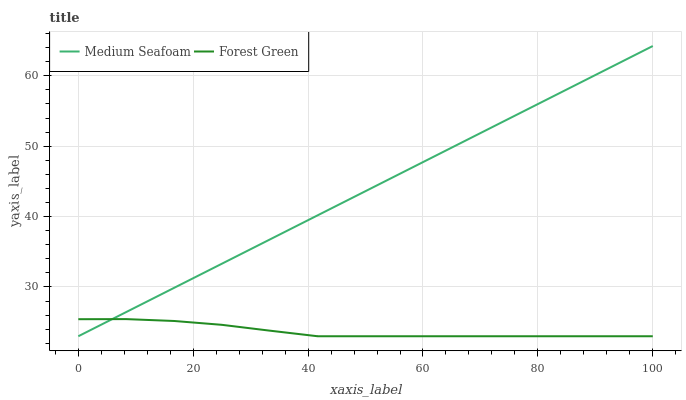
| xaxis_label | Medium Seafoam | Forest Green |
 | --- | --- | --- |
 | 0 | 23 | 25.4 |
 | 8.33 | 26.4 | 25.4 |
 | 16.7 | 29.9 | 25.2 |
 | 25 | 33.3 | 24.6 |
 | 33.3 | 36.7 | 23.8 |
 | 41.7 | 40.2 | 23 |
 | 50 | 43.6 | 23 |
 | 58.3 | 47.1 | 23 |
 | 66.7 | 50.5 | 23 |
 | 75 | 53.9 | 23 |
 | 83.3 | 57.4 | 23 |
 | 91.7 | 60.8 | 23 |
 | 100 | 64.2 | 23 |